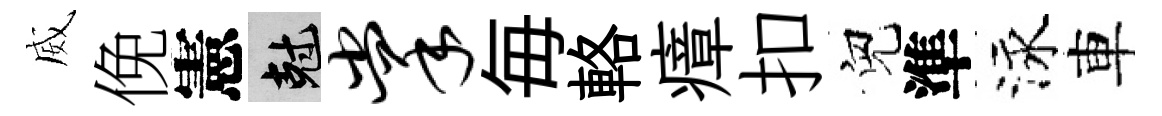
威俛憲剋掌毎輅瘴扣兒準泳車